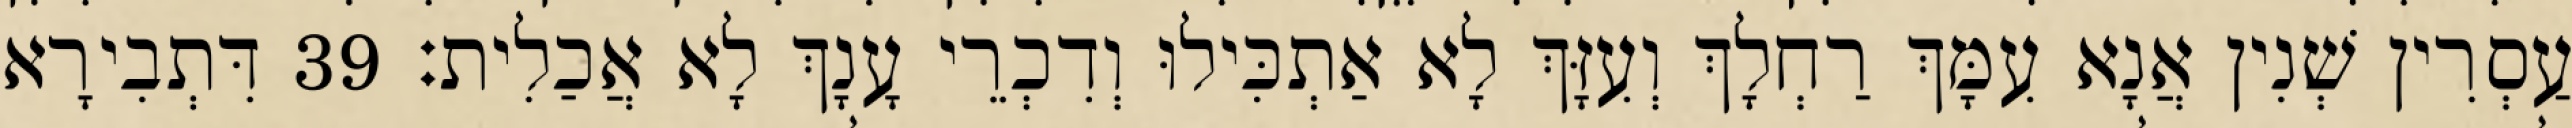
עַסְרִין שְׁנִין אֲנָא עִמָּךְ רַחְלָךְ וְעִזָּךְ לָא אַתְכִּילוּ וְדִכְרֵי עָנָךְ לָא אֲכַלִית׃ 39 דִּתְבִירָא